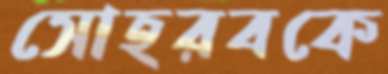
সোহরবকে